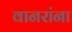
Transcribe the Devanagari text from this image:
वानरांना